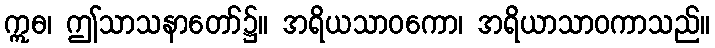
ဣဓ၊ ဤသာသနာတော်၌။ အရိယသာဝကော၊ အရိယာသာဝကာသည်။